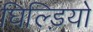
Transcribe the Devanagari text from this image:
घिल्ड़ियो